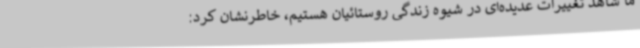
ما شاهد تغییرات عدیده‌ای در شیوه زندگی روستائیان هستیم، خاطرنشان کرد: